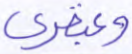
وعبقري